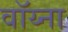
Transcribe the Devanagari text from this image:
वॉय्ना